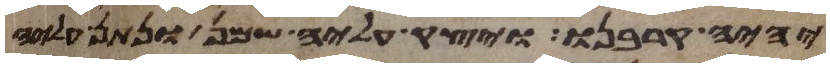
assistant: יהיה קרבנו ויצק עליה שמן ונתן עליה